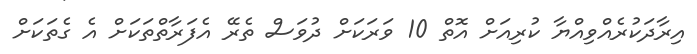
އިރާދަކުރެއްވިއްޔާ ކުރިއަށް އޮތް 10 ވަރަކަށް ދުވަސް ތެރޭ އެފަރާތްތަކަށް އެ ގެތަކަށް